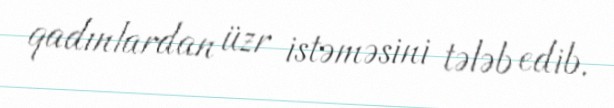
qadınlardan üzr istəməsini tələb edib.